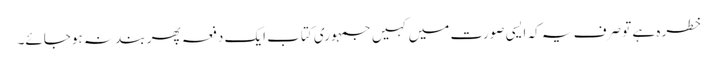
خطرہ ہے تو صرف یہ کہ ایسی صورت میں کہیں جمہوری کتاب ایک دفعہ پھر بند نہ ہوجائے۔